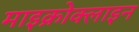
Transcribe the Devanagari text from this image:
माइक्रोक्लाइन